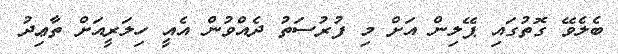
ބެލެވޭ ގޮތުގައި ޕޭލިން އަށް މި ފުރުސަތު ދެއްވުން އެއީ ހިލަރީއަށް ތާޢިދު